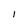
Character: I